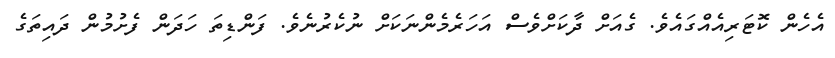
އެހެން ކޮޓަރިއެއްގައެވެ. ގެއަށް ދާކަށްވެސް އަހަރެމެންނަކަށް ނުކެރުނެވެ. ފަންޑިތަ ހަދަން ފެށުމުން ދައިތަގެ